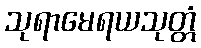
သုရာမေရယသုတ္တံ